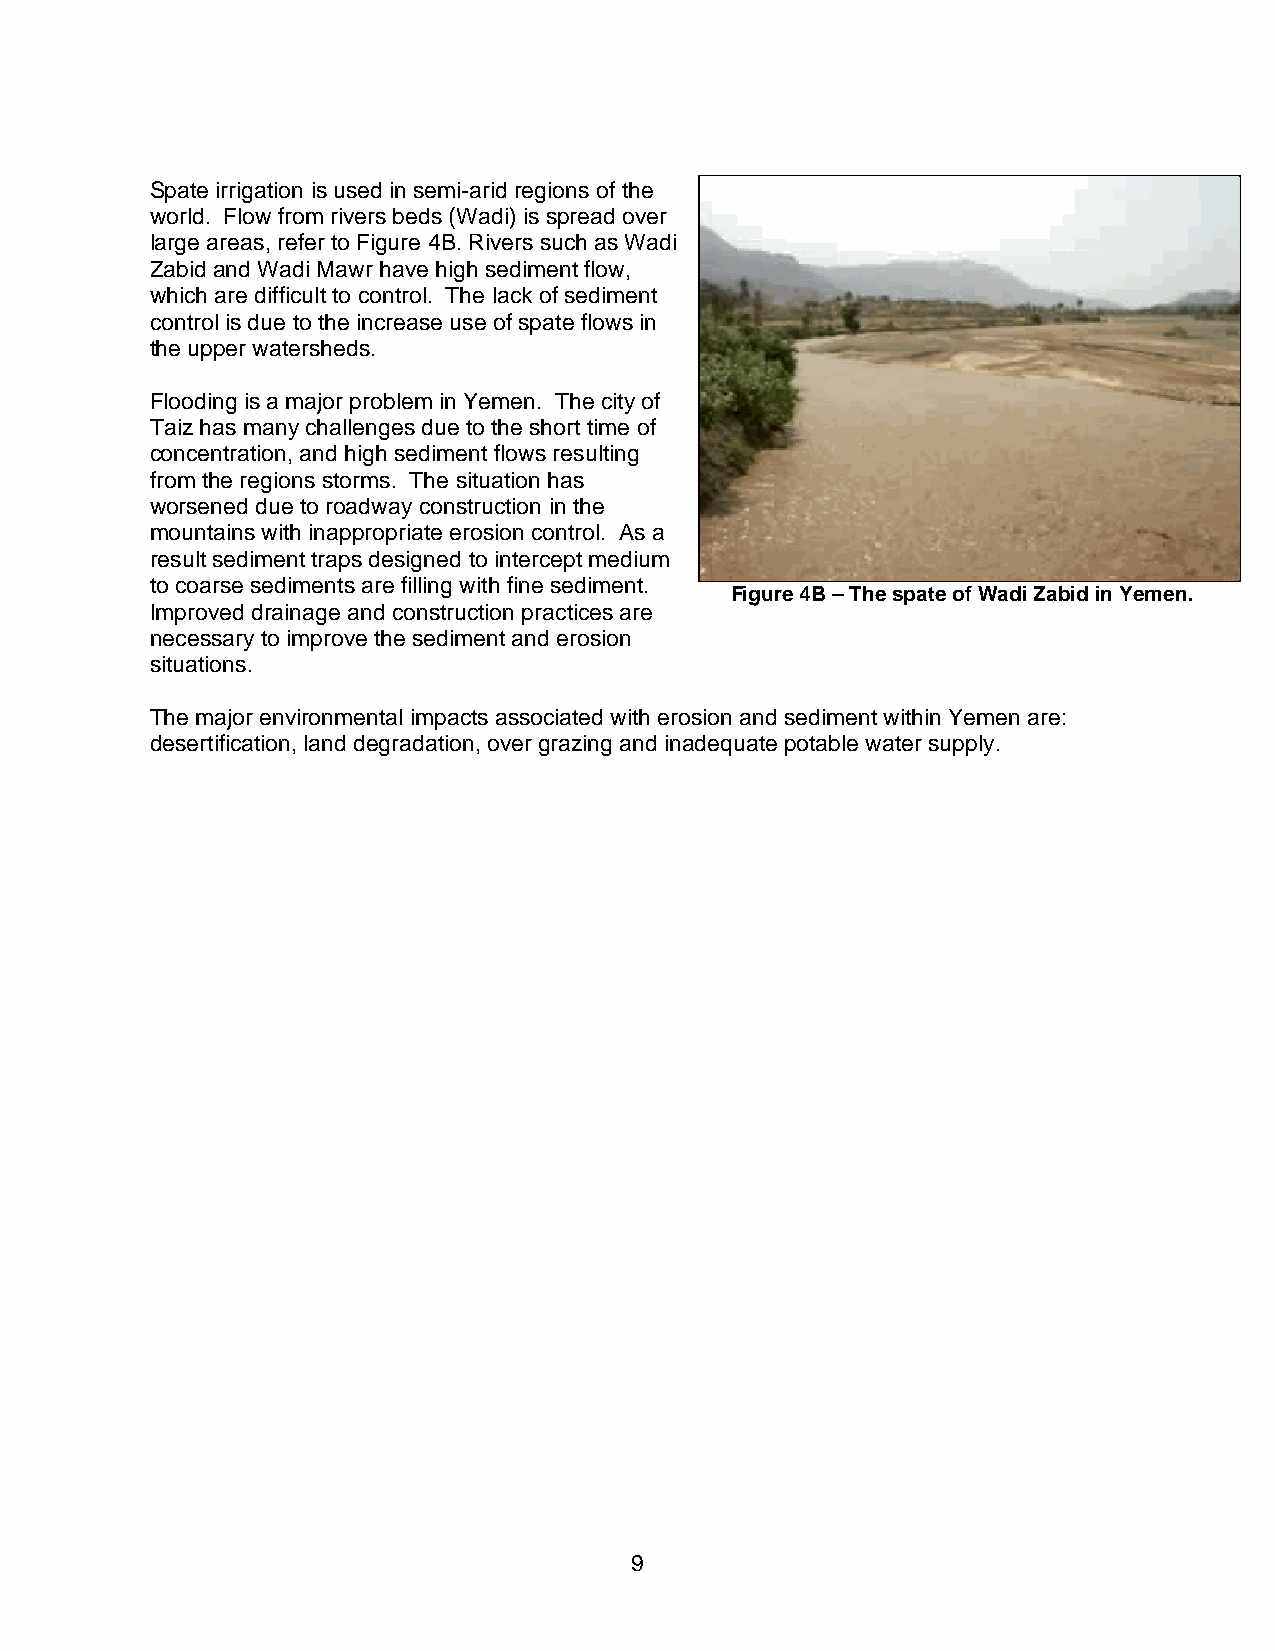
Spate irrigation is used in semi-arid regions of the
 world. Flow from rivers beds (Wadi) is spread over
 large areas, refer to Figure 4B. Rivers such as Wadi
 Zabid and Wadi Mawr have high sediment flow,
 which are difficult to control. The lack of sediment
 control is due to the increase use of spate flows in
 the upper watersheds.
 Flooding is a major problem in Yemen. The city of
 Taiz has many challenges due to the short time of
 concentration, and high sediment flows resulting
 from the regions storms. The situation has
 worsened due to roadway construction in the
 mountains with inappropriate erosion control. As a
 result sediment traps designed to intercept medium
 to coarse sediments are filling with fine sediment.
 Figure 4B – The spate of Wadi Zabid in Yemen.
 Improved drainage and construction practices are
 necessary to improve the sediment and erosion
 situations.
 The major environmental impacts associated with erosion and sediment within Yemen are:
 desertification, land degradation, over grazing and inadequate potable water supply.
 9